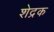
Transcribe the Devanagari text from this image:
शेद्रक